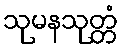
သုမနသုတ္တံ